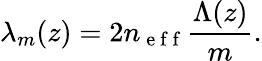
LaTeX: \lambda_{m}(z)=2n_{\mathrm{~e~f~f~}}\frac{\Lambda(z)}{m}.